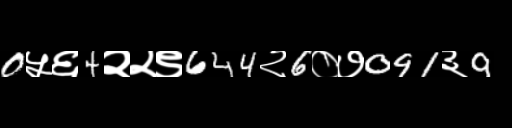
Text: 0५६4२२९644२6०७091३9